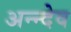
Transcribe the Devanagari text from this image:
अन्न्देव